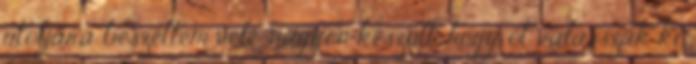
utoljára beszéltem vele, nagyon készült, hogy őt válasszák ki.